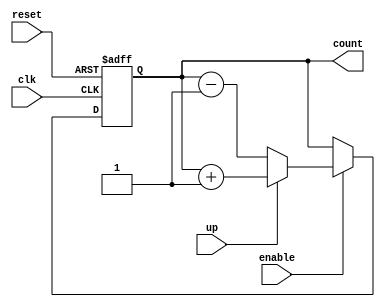
module UpDownCounter (
    input wire clk,       // Clock signal
    input wire reset,     // Asynchronous reset signal
    input wire up,        // Counting direction control
    input wire enable,     // Enable counting
    output reg [3:0] count // 4-bit current counter value
);

// Asynchronous reset logic
always @(posedge clk or posedge reset) begin
    if (reset) begin
        count <= 4'b0000; // Reset counter to 0
    end else if (enable) begin
        // Counting logic
        if (up) begin
            count <= count + 1; // Increment counter
        end else begin
            count <= count - 1; // Decrement counter
        end
    end
    // If enable is low, the counter holds its current value
end

endmodule